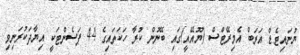
ޔުނައިޓެޑް އަރަބް އެމިރޭޓްސް (ޔޫއޭއީ)ގައި ބޭނުން ކުރާ ހަކަތައިގެ 44 ޕަސެންޓަކީ އިޔާދަކުރަނިވި